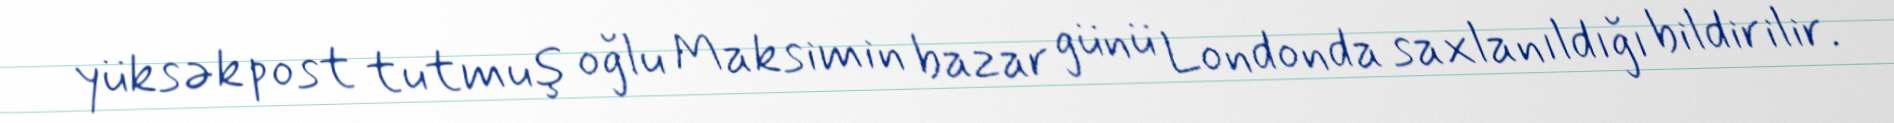
yüksək post tutmuş oğlu Maksimin bazar günü Londonda saxlanıldığı bildirilir.